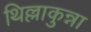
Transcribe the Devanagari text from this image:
थिल्लाकुन्ना